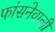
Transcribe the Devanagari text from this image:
फांसनेवाली